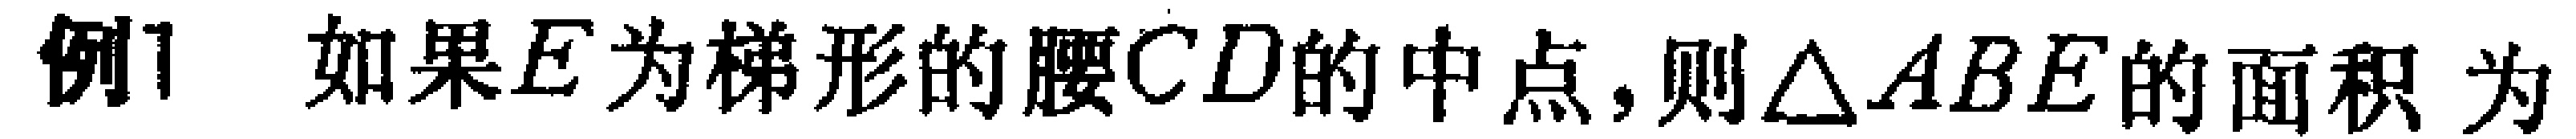
例1 如果\(E\)为梯形的腰\(CD\)的中点,则\(\triangle ABE\)的面积 为